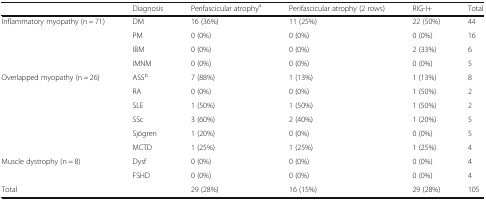
<table><thead><tr><td></td><td><b>Diagnosis</b></td><td><b>Perifascicular atrophy<sup>a</sup></b></td><td><b>Perifascicular atrophy (2 rows)</b></td><td><b>RIG-I+</b></td><td><b>Total</b></td></tr></thead><tbody><tr><td rowspan="4">Inflammatory myopathy (n = 71)</td><td>DM</td><td>16 (36%)</td><td>11 (25%)</td><td>22 (50%)</td><td>44</td></tr><tr><td>PM</td><td>0 (0%)</td><td>0 (0%)</td><td>0 (0%)</td><td>16</td></tr><tr><td>IBM</td><td>0 (0%)</td><td>0 (0%)</td><td>2 (33%)</td><td>6</td></tr><tr><td>IMNM</td><td>0 (0%)</td><td>0 (0%)</td><td>0 (0%)</td><td>5</td></tr><tr><td rowspan="6">Overlapped myopathy (n = 26)</td><td>ASS<sup>b</sup></td><td>7 (88%)</td><td>1 (13%)</td><td>1 (13%)</td><td>8</td></tr><tr><td>RA</td><td>0 (0%)</td><td>0 (0%)</td><td>1 (50%)</td><td>2</td></tr><tr><td>SLE</td><td>1 (50%)</td><td>1 (50%)</td><td>1 (50%)</td><td>2</td></tr><tr><td>SSc</td><td>3 (60%)</td><td>2 (40%)</td><td>1 (20%)</td><td>5</td></tr><tr><td>Sjögren</td><td>1 (20%)</td><td>0 (0%)</td><td>0 (0%)</td><td>5</td></tr><tr><td>MCTD</td><td>1 (25%)</td><td>1 (25%)</td><td>1 (25%)</td><td>4</td></tr><tr><td rowspan="2">Muscle dystrophy (n = 8)</td><td>Dysf</td><td>0 (0%)</td><td>0 (0%)</td><td>0 (0%)</td><td>4</td></tr><tr><td>FSHD</td><td>0 (0%)</td><td>0 (0%)</td><td>0 (0%)</td><td>4</td></tr><tr><td colspan="2">Total</td><td>29 (28%)</td><td>16 (15%)</td><td>29 (28%)</td><td>105</td></tr></tbody></table>